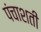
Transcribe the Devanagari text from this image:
पंचाशती